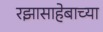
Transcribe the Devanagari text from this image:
रझासाहेबाच्या